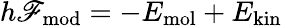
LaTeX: h\mathscr{F}_{\mathrm{{mod}}}=-E_{\mathrm{{mol}}}+E_{\mathrm{{kin}}}